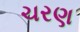
ચરણ